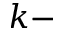
k -